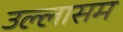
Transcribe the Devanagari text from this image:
उल्लासम